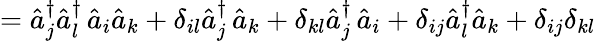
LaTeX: ={\hat{a}}_{j}^{\dagger}{\hat{a}}_{l}^{\dagger}\, {\hat{a}}_{i}{\hat{a}}_{k}+\delta_{il}{\hat{a}}_{j}^{\dagger}\, {\hat{a}}_{k}+\delta_{kl}{\hat{a}}_{j}^{\dagger}\, {\hat{a}}_{i}+\delta_{ij}{\hat{a}}_{l}^{\dagger}{\hat{a}}_{k}+\delta_{ij}\delta_{kl}